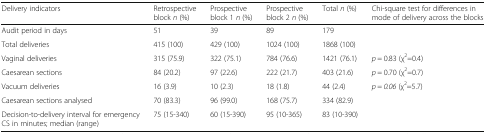
| Delivery indicators | Retrospective block n (%) | Prospective block 1 n (%) | Prospective block 2 n (%) | Total n (%) | Chi-square test for differences in mode of delivery across the blocks |
 | --- | --- | --- | --- | --- | --- |
 | Audit period in days | 51 | 39 | 89 | 179 |  |
 | Total deliveries | 415 (100) | 429 (100) | 1024 (100) | 1868 (100) |  |
 | Vaginal deliveries | 315 (75.9) | 322 (75.1) | 784 (76.6) | 1421 (76.1) | p = 0.83 (χ2=0.4) |
 | Caesarean sections | 84 (20.2) | 97 (22.6) | 222 (21.7) | 403 (21.6) | p = 0.70 (χ2=0.7) |
 | Vacuum deliveries | 16 (3.9) | 10 (2.3) | 18 (1.8) | 44 (2.4) | p = 0.06 (χ2=5.7) |
 | Caesarean sections analysed | 70 (83.3) | 96 (99.0) | 168 (75.7) | 334 (82.9) |  |
 | Decision-to-delivery interval for emergency CS in minutes; median (range) | 75 (15-340) | 60 (15-390) | 95 (10-365) | 83 (10-390) |  |